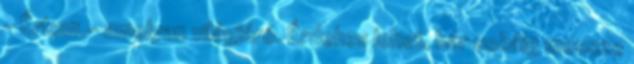
- Értem.- amolyan világjáró. Érdekes lehet, bár sokáig messze